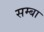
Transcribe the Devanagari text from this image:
सम्बा